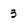
Character: 3